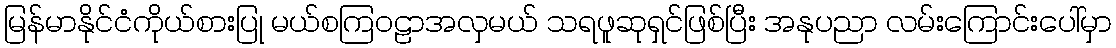
မြန်မာနိုင်ငံကိုယ်စားပြု မယ်စကြဝဠာအလှမယ် သရဖူဆုရှင်ဖြစ်ပြီး အနုပညာ လမ်းကြောင်းပေါ်မှာ